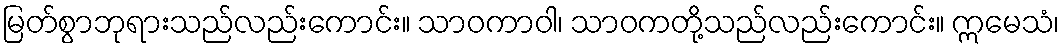
မြတ်စွာဘုရားသည်လည်းကောင်း။ သာဝကာဝါ၊ သာဝကတို့သည်လည်းကောင်း။ ဣမေသံ၊